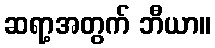
ဆရာ့အတွက် ဘီယာ။